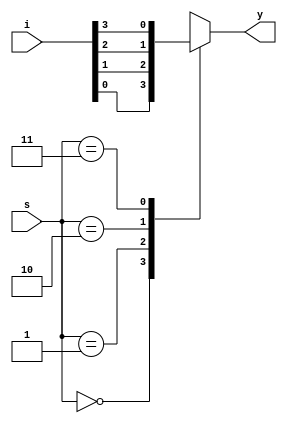
module muxfour(input[3:0]i,input[1:0]s,output reg y);
always@(i,s)
begin
case(s)
2'b00:y=i[0];
2'b01:y=i[1];
2'b10:y=i[2];
2'b11:y=i[3];
default:y=1'bz;
endcase
end 
endmodule